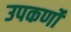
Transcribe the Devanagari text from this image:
उपकर्णों